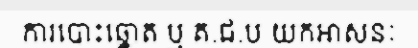
ការបោះឆ្នោត ឬ គ.ជ.ប យកអាសនៈ